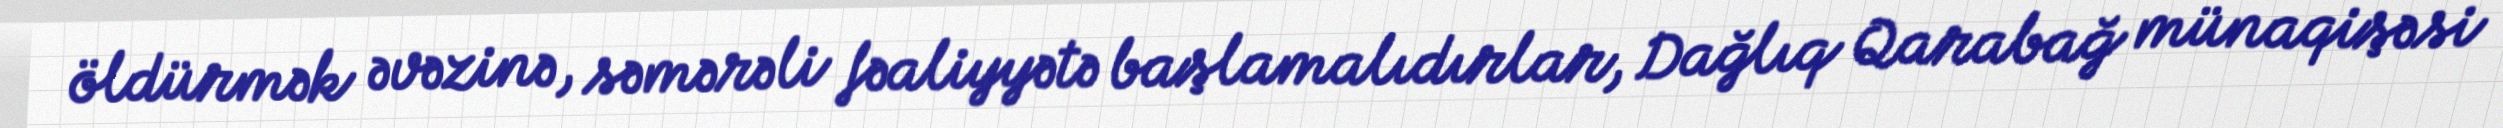
öldürmək əvəzinə, səmərəli fəaliyyətə başlamalıdırlar, Dağlıq Qarabağ münaqişəsi